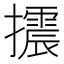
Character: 𢸍